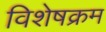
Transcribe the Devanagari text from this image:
विशेषक्रम